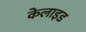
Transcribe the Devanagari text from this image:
केलाइड